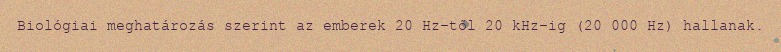
Biológiai meghatározás szerint az emberek 20 Hz-től 20 kHz-ig (20 000 Hz) hallanak.